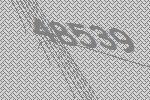
48539